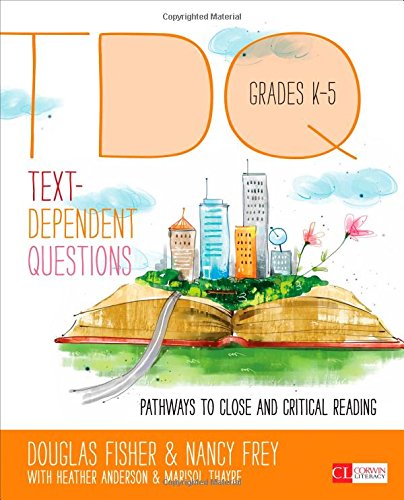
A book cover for Text-Dependent Questions, Grades K-5: Pathways to Close and Critical Reading (Corwin Literacy); Douglas B. Fisher; Education & Teaching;